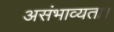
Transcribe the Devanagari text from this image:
असंभाव्यता।